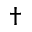
\dagger